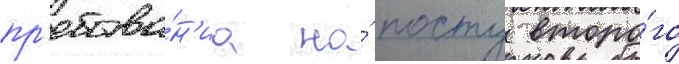
пр'ебыва́н'иа на́ посту второ́го